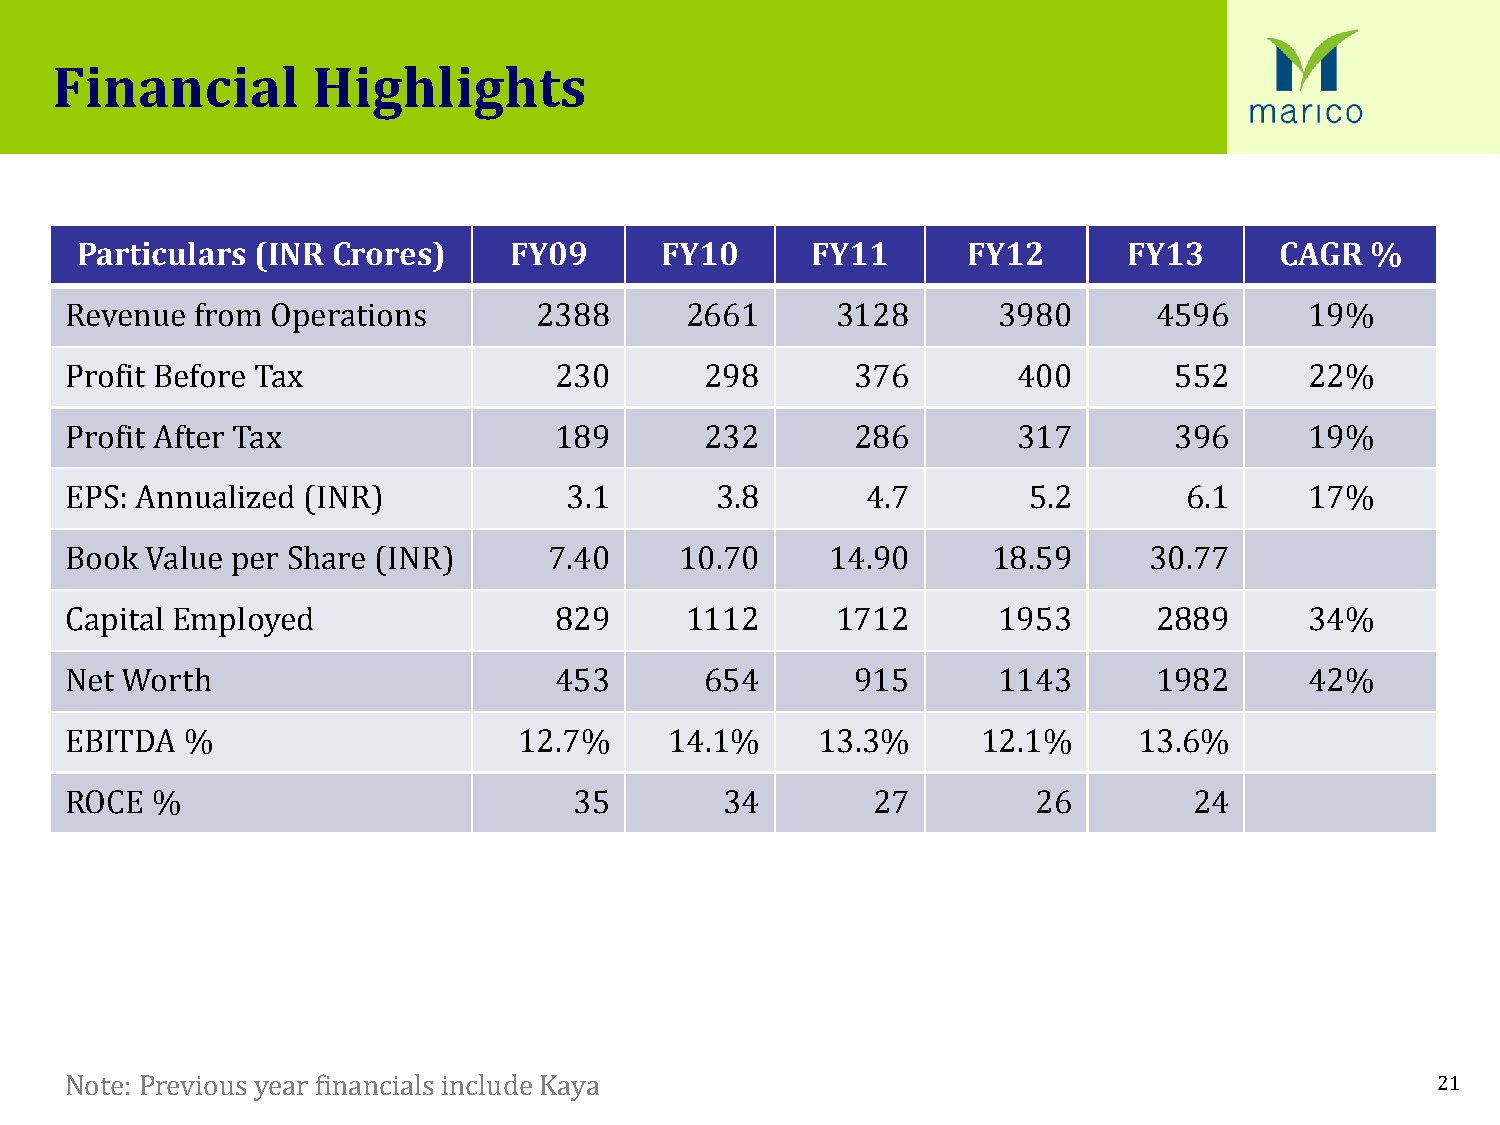
Financial         Highlights
 Particulars (INR Crores)     FY09      FY10      FY11      FY12       FY13      CAGR  %
 Revenue  from Operations       2388      2661      3128       3980       4596      19%
 Profit Before Tax                230       298       376       400        552      22%
 Profit After Tax                 189       232       286       317        396      19%
 EPS: Annualized (INR)            3.1       3.8       4.7        5.2        6.1     17%
 Book  Value per Share (INR)     7.40     10.70     14.90      18.59     30.77
 Capital Employed                 829     1112      1712       1953       2889      34%
 Net Worth                        453       654       915      1143       1982      42%
 EBITDA  %                     12.7%     14.1%     13.3%      12.1%     13.6%
 ROCE  %                           35        34        27         26        24
 Note: Previous year financials include Kaya                                                21